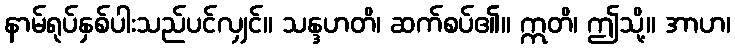
နာမ်ရုပ်နှစ်ပါးသည်ပင်လျှင်။ သန္ဒဟတိ၊ ဆက်စပ်၏။ ဣတိ၊ ဤသို့။ အာဟ၊